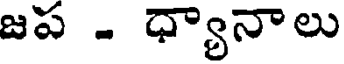
జప . ధ్యానాలు